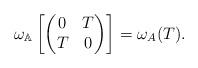
LaTeX: \begin{align*}\omega_{\mathbb{A}}\left[\begin{pmatrix}0&T\\T &0\end{pmatrix}\right]=\omega_A(T).\end{align*}